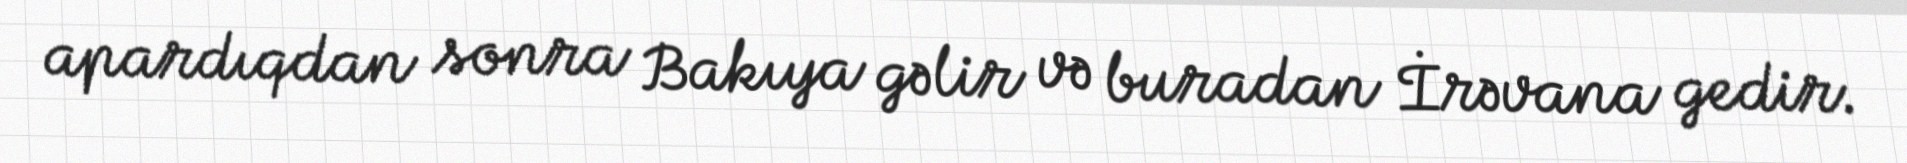
apardıqdan sonra Bakıya gəlir və buradan İrəvana gedir.